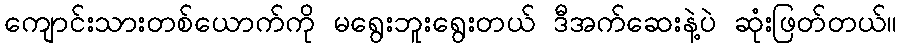
ကျောင်းသားတစ်ယောက်ကို မရွေးဘူးရွေးတယ် ဒီအက်ဆေးနဲ့ပဲ ဆုံးဖြတ်တယ်။